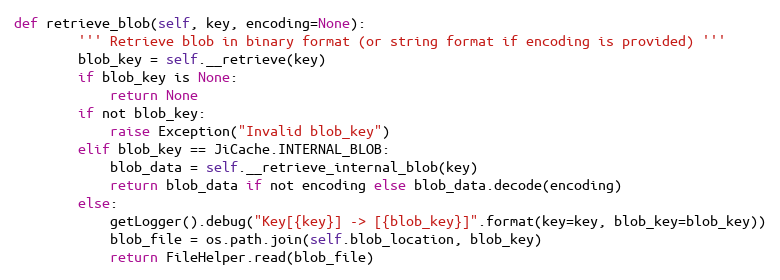
Language: Python
def retrieve_blob(self, key, encoding=None):
        ''' Retrieve blob in binary format (or string format if encoding is provided) '''
        blob_key = self.__retrieve(key)
        if blob_key is None:
            return None
        if not blob_key:
            raise Exception("Invalid blob_key")
        elif blob_key == JiCache.INTERNAL_BLOB:
            blob_data = self.__retrieve_internal_blob(key)
            return blob_data if not encoding else blob_data.decode(encoding)
        else:
            getLogger().debug("Key[{key}] -> [{blob_key}]".format(key=key, blob_key=blob_key))
            blob_file = os.path.join(self.blob_location, blob_key)
            return FileHelper.read(blob_file)